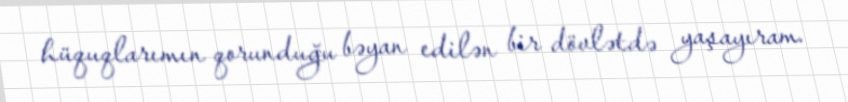
hüquqlarımın qorunduğu bəyan edilən bir dövlətdə yaşayıram.